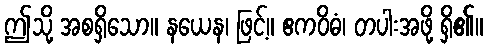
ဤသို့ အစရှိသော။ နယေန၊ ဖြင့်။ ဧကဝိဓံ၊ တပါးအဖို့ ရှိ၏။